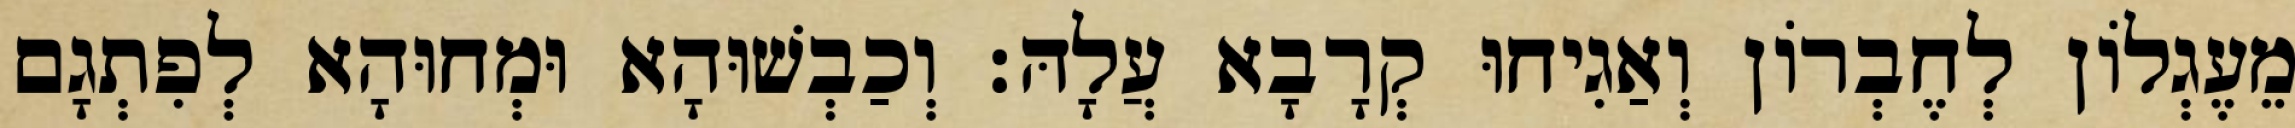
מֵעֶגְלוֹן לְחֶבְרוֹן וְאַגִיחוּ קְרָבָא עֲלָהּ׃ וְכַבְשׁוּהָא וּמְחוּהָא לְפִתְגָם